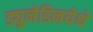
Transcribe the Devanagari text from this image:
ड्युनेडिनयेथे